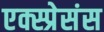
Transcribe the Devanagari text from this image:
एक्स्प्रेसंस